King Institute of Preventive Medicine Bacteriolog. Section reports 1907-08
Year: 1907
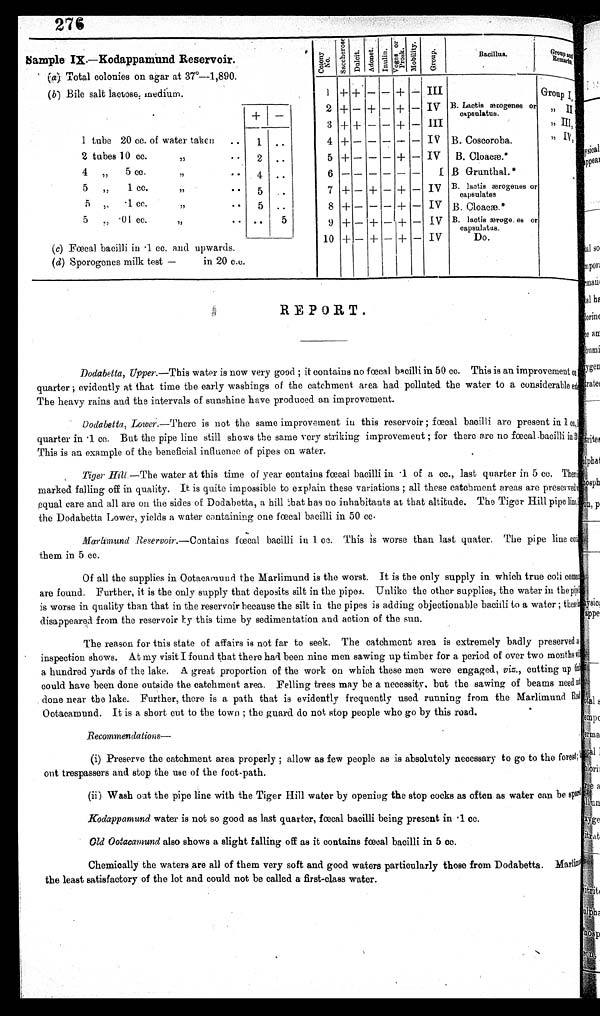
276
Sample IX.—Kodappamund Reservoir.
(a) Total colonies on agar at 37°-1,890.
(b) Bile salt lactose medium.
+
—
I tube 20 cc. of water taken
..
1 ..
2 tubes 10 cc.
,,
..
2 . .
4
5 cc.
,,
. .
4 ..
5
„
1 cc. ,,
..
5 ..
5 ,,
•1 cc.
,,
..
5 ..
5
., •01 cc.
,,
..
.. 5
(c) Faecal bacilli in •1 cc. and upwards.
(d) Sporogenes milk test —
in 20 c.c.
col ony
No. Saccher ose. Dul c i t .
Ad o n e t .
Inul i n.
V o g e s o r p r o s k . Mobi l i t y.
G r o u p .
Bacillus.
Group a n d R e m a r k s .
B. Lactis ærogenes or
capsulatus.
B. Coscoroba.
B. Cloacæ.*
B Grunthal.*
B. lactis ærogenes or
capsulates
B. Cloacæ.*
B. lactis æ rogenes or
capsulatus.
Do.
I
2
3
4
5
7
8
9
10
+
+
+
+
+
— +
+
+ +
+
—
+
— — — — — — —
— + — — — — + —
+
+
— — — — — — — — — —
+
+
+
— + — + + + +
— — — — — — — —
—
—
III
IV
III
IV
IV
I
IV
IV
IV
IV
Group I
,,
I I
, , I I I ,
" IV,
REPORT.
Dodabetta, Upper.—This water is now very good ; it contains no fœcal bacilli in 50 cc. This is an improvement O n
quarter ; evidently at that time the early washings of the catchment area had polluted the water to a considerable e
The heavy rains and the intervals of sunshine have produced an improvement.
Dodabetta, Lower.—There is not the same improvement in this reservoir ; fœcal bacilli are present in 1 cc
quarter in • 1 cc. But the pipe line still shows the same very striking improvement ; for there are no fœcal bacilli in
This is an example of the beneficial influence of pipes on water.
Tiger Hill.—The water at this time of year contains fœcal bacilli in • 1 of a cc., last quarter in 5 cc. Then'
marked falling off in quality. It is quite impossible to explain these variations ; all these catchment areas are preserved
equal care and all are on the sides of Dodabetta, a hill that has no inhabitants at that altitude. The Tiger Hill pipe line,
the Dodabetta Lower, yields a water containing one fœcal bacilli in 50 cc.
Marlimund Reservoir.—Contains fœcal bacilli in 1 cc. This is worse than last quater. The pipe line
them in 5 cc.
Of all the supplies in Ootacamund the Marlimund is the worst. It is the only supply in which true coli command
are found. Further, it is the only supply that deposits silt in the pipes. Unlike the other supplies, the water in the
is worse in quality than that in the reservoir because the silt in the pipes is adding objectionable bacilli to a water ;
disappeared from the reservoir by this time by sedimentation and action of the sun.
The reason for this state of affairs is not far to seek. The catchment area is extremely badly preserved
inspection shows. At my visit I found that there had been nine men sawing up timber for a period of over two months with
a hundred yards of the lake. A great proportion of the work on which these men were engaged, viz., cutting up
could have been done outside the catchment area. Felling trees may be a necessity , but the sawing of beams need
done near the lake. Further, there is a path that is evidently frequently used running from the Marlimund Rosd
Ootacamund. It is a short cut to the town ; the guard do not stop people who go by this road.
Recommendations—
(i) Preserve the catchment area properly ; allow as few people as is absolutely necessary to go to the forest
;out trespassers and stop the use of the foot-path.
(ii) Wash oat the pipe line with the Tiger Hill water by opening the stop cocks as often as water can be spard
Kodappamund water is not so good as last quarter, fœcal bacilli being present in •1 cc.
Old Ootacamund also shows a slight falling off as it contains fœcal bacilli in 5 cc.
Chemically the waters are all of them very soft and good waters particularly those from Dodabetta. Marlimund
the least satisfactory of the lot and could not be called a first-class water.